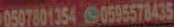
05078013540595578435